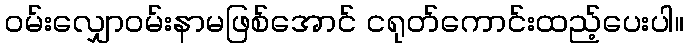
ဝမ်းလျှောဝမ်းနာမဖြစ်အောင် ငရုတ်ကောင်းထည့်ပေးပါ။